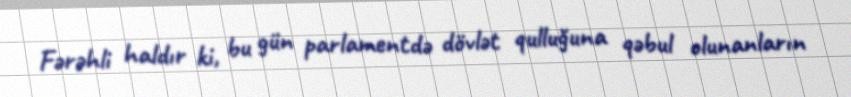
Fərəhli haldır ki, bu gün parlamentdə dövlət qulluğuna qəbul olunanların